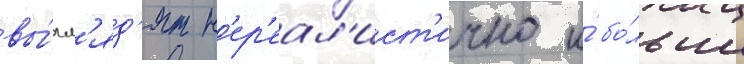
вы́гл'яд'ят н'ер'еал'ист'ично и́ бо́льше